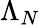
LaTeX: \Lambda_{N}